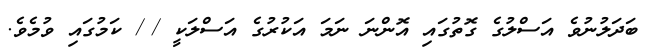
ބަދަލުނުވެ އަސްލުގެ ގޮތުގައި އޮންނަ ނަމަ އަކުރުގެ އަސްލަކީ /ޱ/ ކަމުގައި ވުމެވެ.